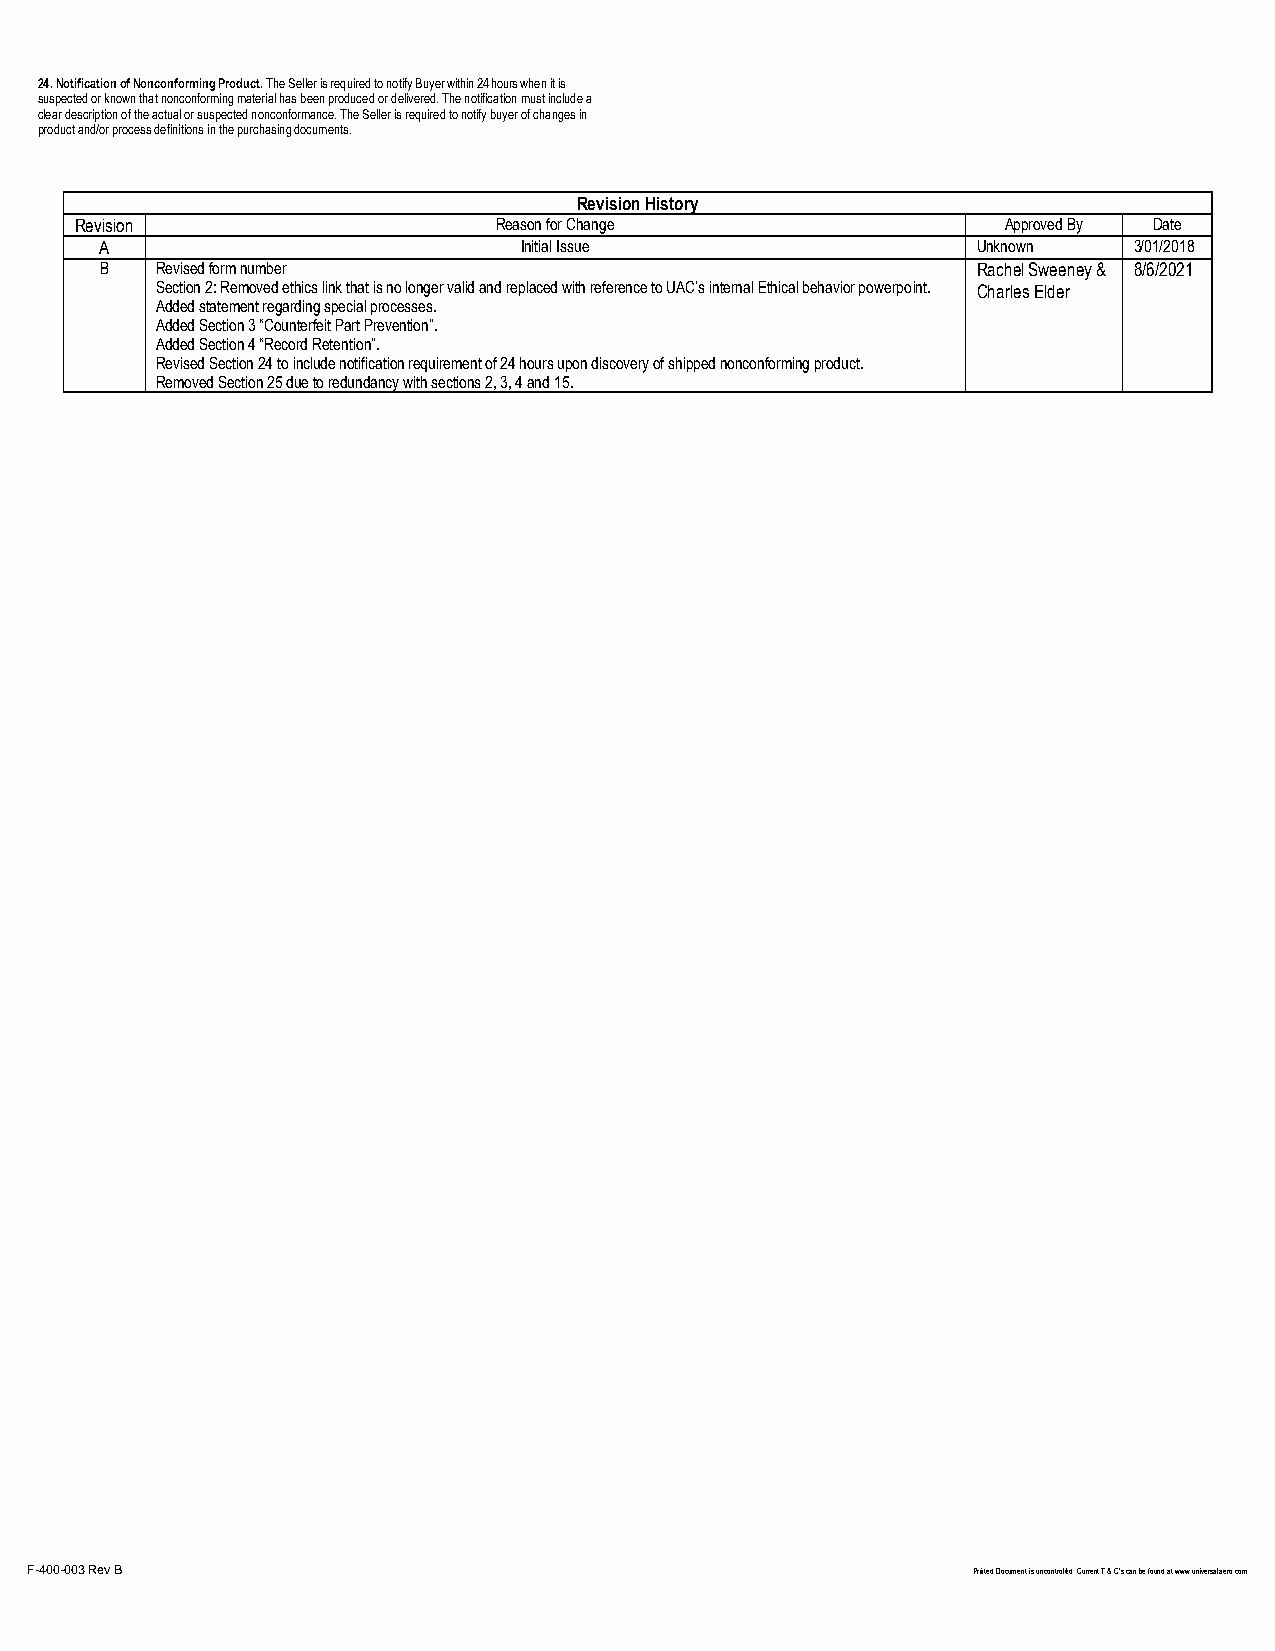
24. Notification of Nonconforming Product. The Seller is required to notify Buyer within 24 hours when it is
 suspected or known that nonconforming material has been produced or delivered. The notification must include a
 clear description of the actual or suspected nonconformance. The Seller is required to notify buyer of changes in
 product and/or process definitions in the purchasing documents.
 Revision History
 Revision                    Reason for Change                 Approved By Date
 A                          Initial Issue                  Unknown   3/01/2018
 B  Revised form number                                    Rachel Sweeney & 8/6/2021
 Section 2: Removed ethics link that is no longer valid and replaced with reference to UAC’s internal Ethical behavior powerpoint. Charles Elder
 Added statement regarding special processes.
 Added Section 3 “Counterfeit Part Prevention”.
 Added Section 4 “Record Retention”.
 Revised Section 24 to include notification requirement of 24 hours upon discovery of shipped nonconforming product.
 Removed Section 25 due to redundancy with sections 2, 3, 4 and 15.
 F-400-003 Rev B                                               Printed Document is uncontrolled. Current T & C’s can be found at www.universalaero.com